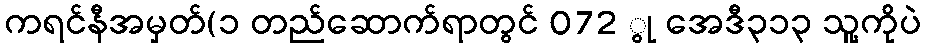
ကရင်နီအမှတ်(၁ တည်ဆောက်ရာတွင် 072 ွု အေဒီ၃၁၃ သူ့ကိုပဲ